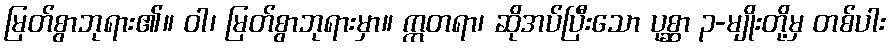
မြတ်စွာဘုရား၏။ ဝါ၊ မြတ်စွာဘုရားမှာ။ ဣတရာ၊ ဆိုအပ်ပြီးသော ပုစ္ဆာ ၃-မျိုးတို့မှ တစ်ပါး